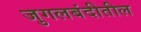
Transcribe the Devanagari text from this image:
जुगलबंदीतील